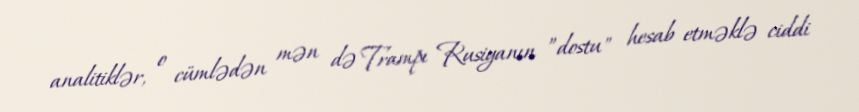
analitiklər, o cümlədən mən də Trampı Rusiyanın ”dostu" hesab etməklə ciddi